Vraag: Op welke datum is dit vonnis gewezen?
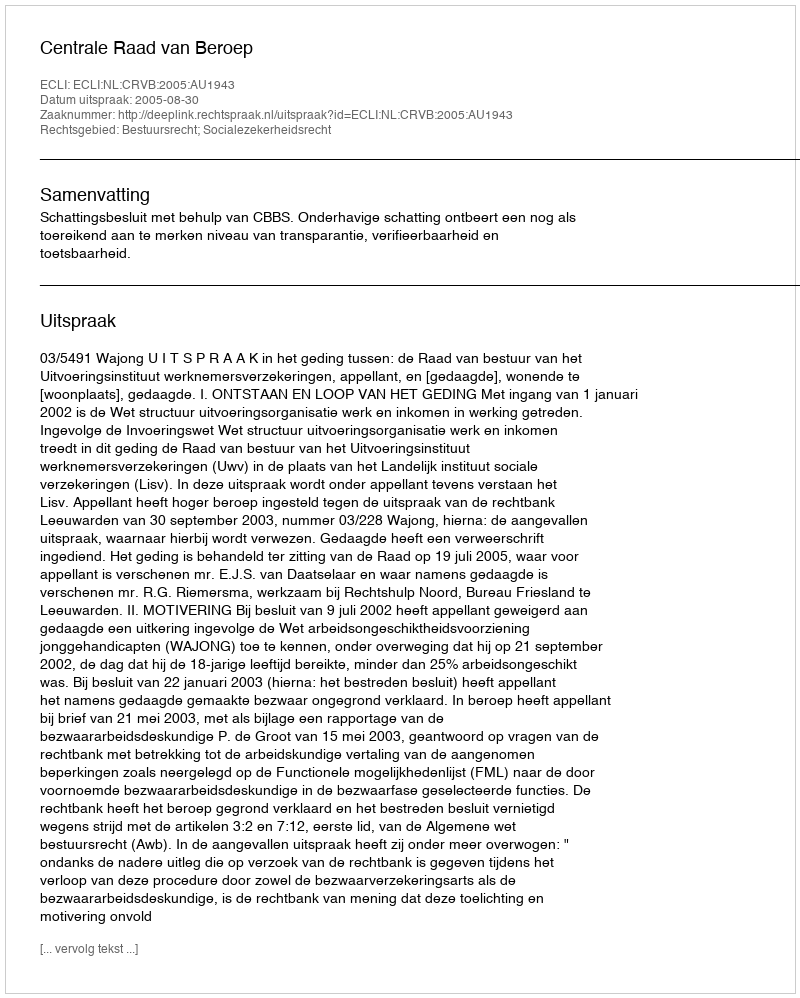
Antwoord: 2005-08-30